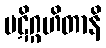
ပဋိဂ္ဂဟိတာနိ